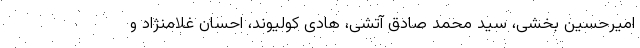
امیرحسین بخشی، سید محمد صادق آتشی، هادی کولیوند، احسان غلامنژاد و